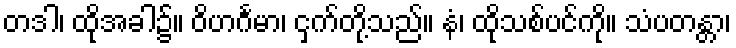
တဒါ၊ ထိုအခါ၌။ ဝိဟင်္ဂမာ၊ ငှက်တို့သည်။ နံ၊ ထိုသစ်ပင်ကို။ သံပတန္တာ၊